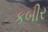
કબીર